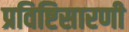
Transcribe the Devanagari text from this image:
प्रविष्टिसारणी